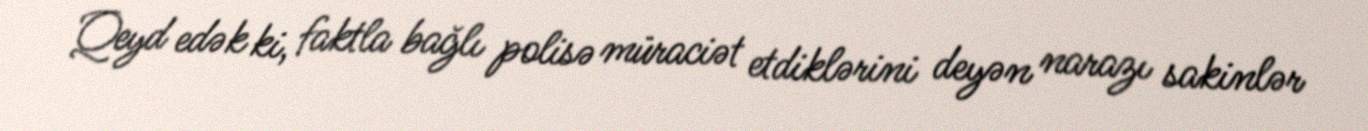
Qeyd edək ki, faktla bağlı polisə müraciət etdiklərini deyən narazı sakinlər